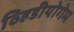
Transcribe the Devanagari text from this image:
व्हिडीयोगेम